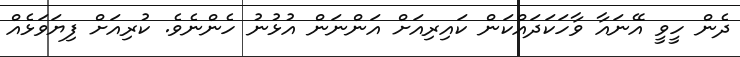
ދެން ހީވީ އޭނައާ ވާހަކަދައްކަން ކައިރިއަށް އަންނަން އުޅުނު ހެންނެވެ. ކުރިއަށް ފިޔަވަޅެއް